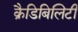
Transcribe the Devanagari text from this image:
क्रैडिबिलिटी